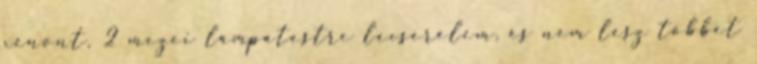
xenont, 2 mezei lámpatestre lecserélem, és nem lesz többet